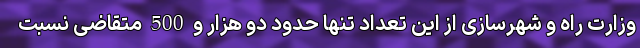
وزارت راه و شهرسازی از این تعداد تنها حدود دو هزار و 500 متقاضی نسبت